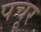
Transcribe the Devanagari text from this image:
पचूर